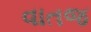
વાતજ